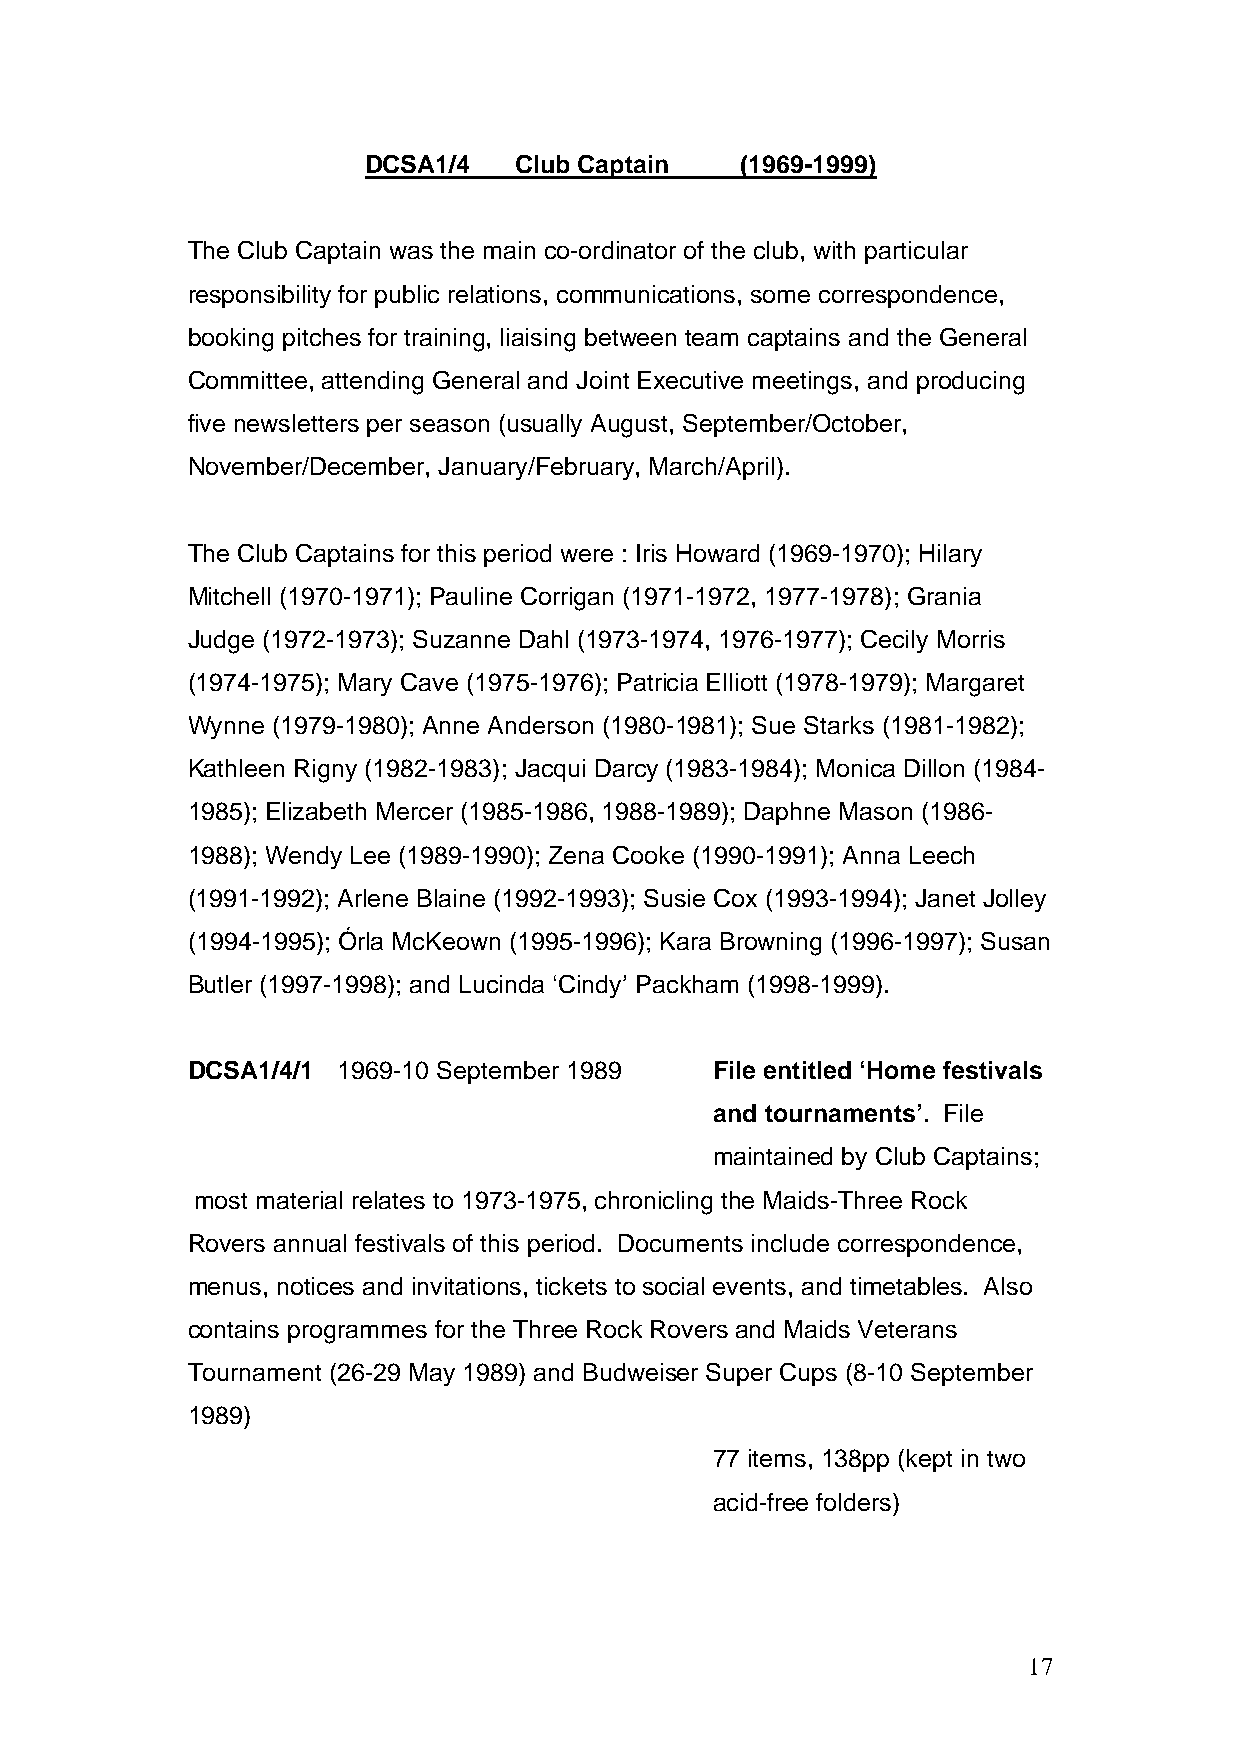
DCSA1/4   Club Captain   (1969-1999)
 The Club Captain was the main co-ordinator of the club, with particular
 responsibility for public relations, communications, some correspondence,
 booking pitches for training, liaising between team captains and the General
 Committee, attending General and Joint Executive meetings, and producing
 five newsletters per season (usually August, September/October,
 November/December, January/February, March/April).
 The Club Captains for this period were : Iris Howard (1969-1970); Hilary
 Mitchell (1970-1971); Pauline Corrigan (1971-1972, 1977-1978); Grania
 Judge (1972-1973); Suzanne Dahl (1973-1974, 1976-1977); Cecily Morris
 (1974-1975); Mary Cave (1975-1976); Patricia Elliott (1978-1979); Margaret
 Wynne (1979-1980); Anne Anderson (1980-1981); Sue Starks (1981-1982);
 Kathleen Rigny (1982-1983); Jacqui Darcy (1983-1984); Monica Dillon (1984-
 1985); Elizabeth Mercer (1985-1986, 1988-1989); Daphne Mason (1986-
 1988); Wendy Lee (1989-1990); Zena Cooke (1990-1991); Anna Leech
 (1991-1992); Arlene Blaine (1992-1993); Susie Cox (1993-1994); Janet Jolley
 (1994-1995); Órla McKeown (1995-1996); Kara Browning (1996-1997); Susan
 Butler (1997-1998); and Lucinda ‘Cindy’ Packham (1998-1999).
 DCSA1/4/1 1969-10 September 1989   File entitled ‘Home festivals
 and tournaments’. File
 maintained by Club Captains;
 most material relates to 1973-1975, chronicling the Maids-Three Rock
 Rovers annual festivals of this period. Documents include correspondence,
 menus, notices and invitations, tickets to social events, and timetables. Also
 contains programmes for the Three Rock Rovers and Maids Veterans
 Tournament (26-29 May 1989) and Budweiser Super Cups (8-10 September
 1989)
 77 items, 138pp (kept in two
 acid-free folders)
 17